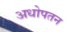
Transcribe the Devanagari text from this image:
अधोपतन